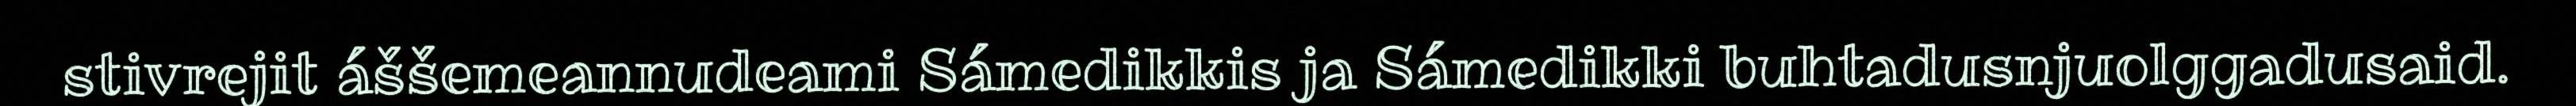
stivrejit áššemeannudeami Sámedikkis ja Sámedikki buhtadusnjuolggadusaid.